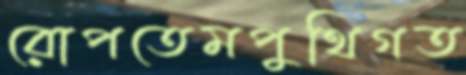
রোপতেমপুথিগত